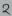
Text: 2